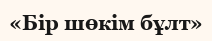
«Бір шөкім бұлт»